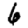
Digit: 6